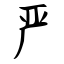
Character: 严